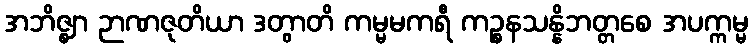
အဘိဇ္ဈာ ဉာဏဇုတိယာ ဒတွာတိ ကမ္မမကရီ ကဉ္စနသန္နိဘတ္တစေ အပက္ကမ္မ